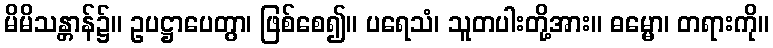
မိမိသန္တာန်၌။ ဥပဋ္ဌာပေတွာ၊ ဖြစ်စေ၍။ ပရေသံ၊ သူတပါးတို့အား။ ဓမ္မော၊ တရားကို။